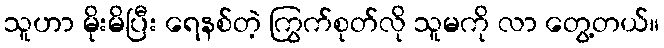
သူဟာ မိုးမိပြီး ရေနစ်တဲ့ ကြွက်စုတ်လို သူမကို လာ တွေ့တယ်။